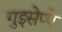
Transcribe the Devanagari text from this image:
गुइसेप्पे